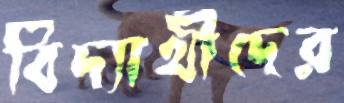
বিদ্যার্থীদের